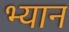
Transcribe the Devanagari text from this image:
भ्यान